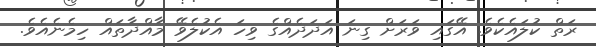
ރަތް ކުލައެކެވެ. އޭގައި ވަރަށް ގިނަ އަދަދެއްގެ ވިހަ އެކުލެވޭ މާއްދާތައް ހިމެނެއެވެ.